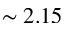
\sim 2 . 1 5